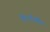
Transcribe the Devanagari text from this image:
ऐंटरटेनमेंट